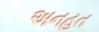
અનહત